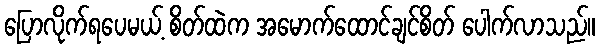
ပြောလိုက်ရပေမယ့် စိတ်ထဲက အမောက်ထောင်ချင်စိတ် ပေါက်လာသည်။